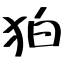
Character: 狛